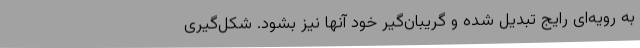
به رویه‌ای رایج تبدیل شده و گریبان‌گیر خود آنها نیز بشود. شکل‌گیری